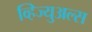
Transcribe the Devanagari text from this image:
व्हिज्युअल्स